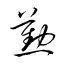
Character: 懃